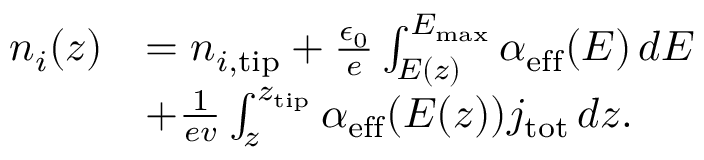
\begin{array} { r l } { n _ { i } ( z ) } & { = n _ { i , \mathrm { t i p } } + \frac { \epsilon _ { 0 } } { e } \int _ { E ( z ) } ^ { E _ { \mathrm { m a x } } } \alpha _ { \mathrm { e f f } } ( E ) \, d E } \\ & { + \frac { 1 } { e v } \int _ { z } ^ { z _ { \mathrm { t i p } } } \alpha _ { \mathrm { e f f } } ( E ( z ) ) j _ { \mathrm { t o t } } \, d z . } \end{array}